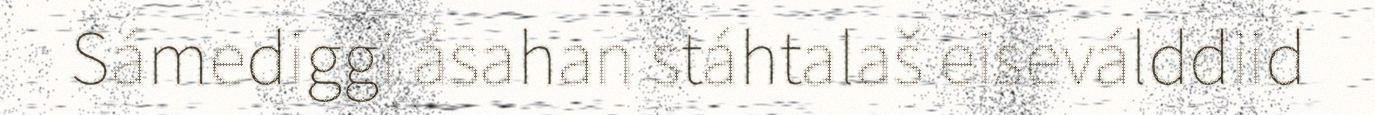
Sámediggi ásahan stáhtalaš eiseválddiid